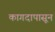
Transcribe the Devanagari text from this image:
कागदापासून